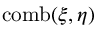
\operatorname { c o m b } ( \xi , \eta )